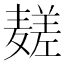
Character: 𱋧